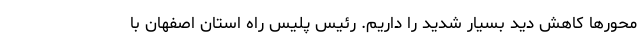
محورها کاهش دید بسیار شدید را داریم. رئیس پلیس راه استان اصفهان با